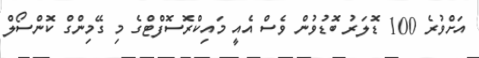
އަށްވުރެ 100 ޑޮލަރު ބޮޑުވުން ވެސް އެއީ މައިކްރޮސޮފްޓްގެ މި ގޭމިންގް ކޮންސޯލް